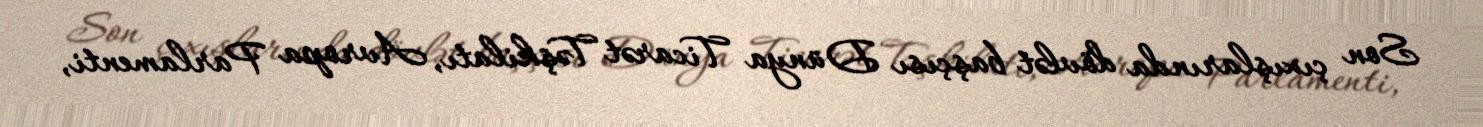
Son çıxışlarında dövlət başçısı Dünya Ticarət Təşkilatı, Avropa Parlamenti,